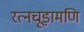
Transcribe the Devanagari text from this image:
रत्नचूड़ामणि